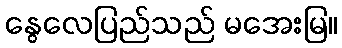
နွေလေပြည်သည် မအေးမြ။